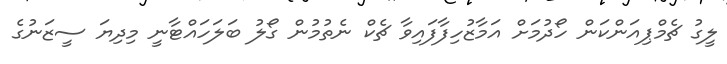
ލީގު ޗެމްޕިއަންކަން ހޯދުމަށް އަމާޒުހިފާފައިވާ ޗެކް ނެތުމުން ގޯލު ބަލަހައްޓާނީ މިދިޔަ ސީޒަނުގެ